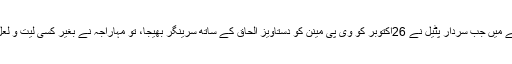
‘‘ اس بیک چینل کے نتیجے میں جب سردار پٹیل نے 26اکتوبر کو وی پی مینن کو دستاویز الحاق کے ساتھ سرینگر بھیجا، تو مہاراجہ نے بغیر کسی لیت و لعل کے اس پر دستخط کئے۔